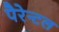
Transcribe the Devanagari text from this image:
पैरेन्टल